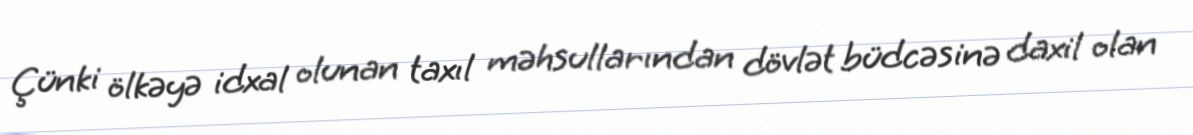
Çünki ölkəyə idxal olunan taxıl məhsullarından dövlət büdcəsinə daxil olan